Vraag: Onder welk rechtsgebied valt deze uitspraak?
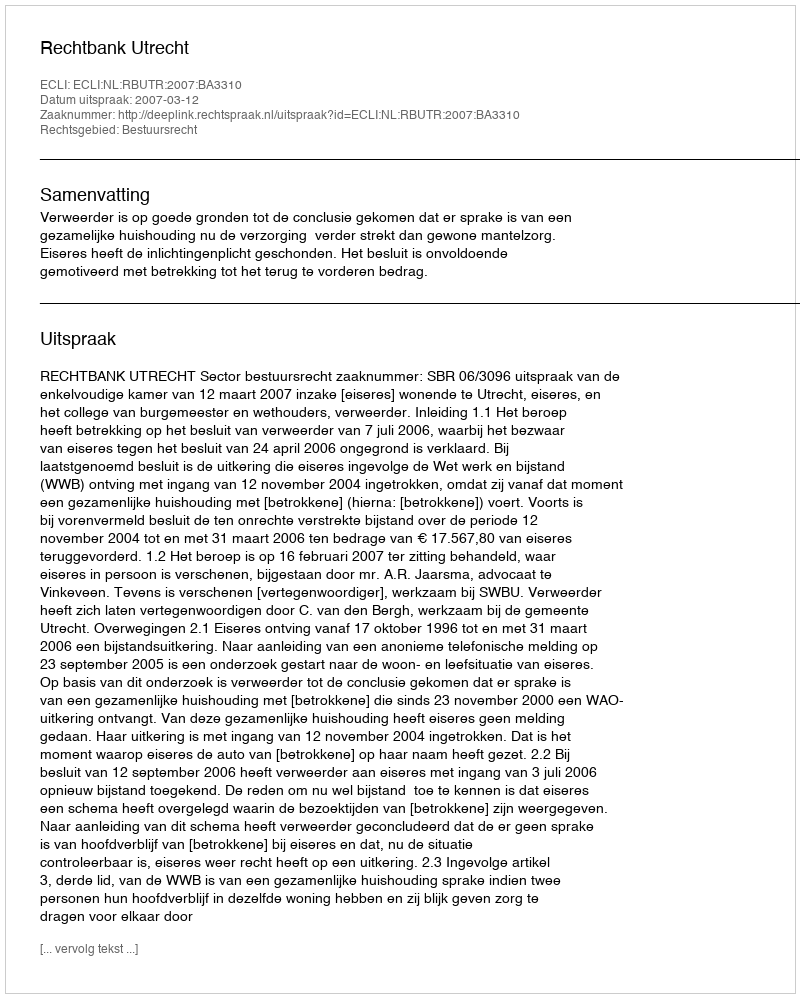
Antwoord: Bestuursrecht